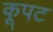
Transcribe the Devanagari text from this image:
कूपट